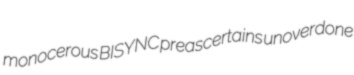
monocerous BISYNC preascertains unoverdone